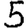
Digit: 5